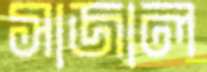
সাজাল